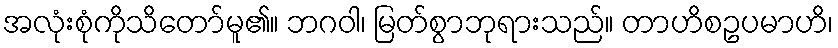
အလုံးစုံကိုသိတော်မူ၏။ ဘဂဝါ၊ မြတ်စွာဘုရားသည်။ တာဟိစဥပမာဟိ၊